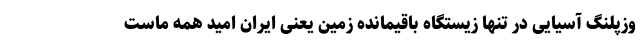
وزپلنگ آسیایی در تنها زیستگاه باقیمانده زمین یعنی ایران امید همه ماست